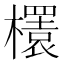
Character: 𣞲